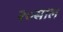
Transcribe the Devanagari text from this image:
२०साल